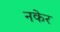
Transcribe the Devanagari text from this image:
नकेर